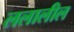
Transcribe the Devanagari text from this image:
ललालील